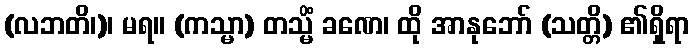
(လဘတိ၊)၊ မရ။ (ကသ္မာ) တသ္မိံ ခဏေ၊ ထို အာနုဘော် (သတ္တိ) ၏ရှိရာ